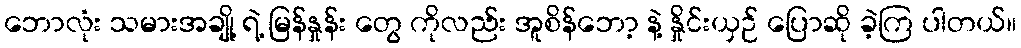
ဘောလုံး သမားအချို့ ရဲ့ မြန်နှုန်း တွေ ကိုလည်း အူစိန်ဘော့ နဲ့ နှိုင်းယှဉ် ပြောဆို ခဲ့ကြ ပါတယ်။